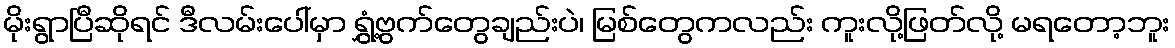
မိုးရွာပြီဆိုရင် ဒီလမ်းပေါ်မှာ ရွှံ့ဗွက်တွေချည်းပဲ၊ မြစ်တွေကလည်း ကူးလို့ဖြတ်လို့ မရတော့ဘူး